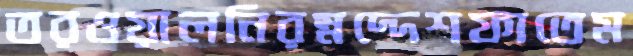
তরওয়ালনিরম্নদ্দেশফাতেম